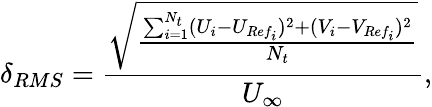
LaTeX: \delta_{RMS}=\frac{\sqrt{\frac{\sum_{i=1}^{N_{t}}(U_{i}-U_{Ref_{i}})^{2}+(V_{i}-V_{Ref_{i}})^{2}}{N_{t}}}}{U_{\infty}},